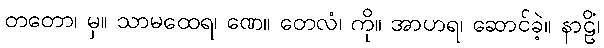
တတော၊ မှ။ သာမထေရ၊ ဏေ။ တေလံ၊ ကို။ အာဟရ၊ ဆောင်ခဲ့။ နာဠိံ၊